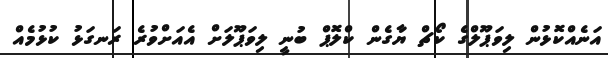
އަނެއްކޮޅުން ލިވަޕޫލްގެ ކޯޗް ޔާގެން ކްލޮޕް ބުނީ ލިވަޕޫލަށް އެއަށްވުރެ ރަނގަޅު ކުޅުމެއް